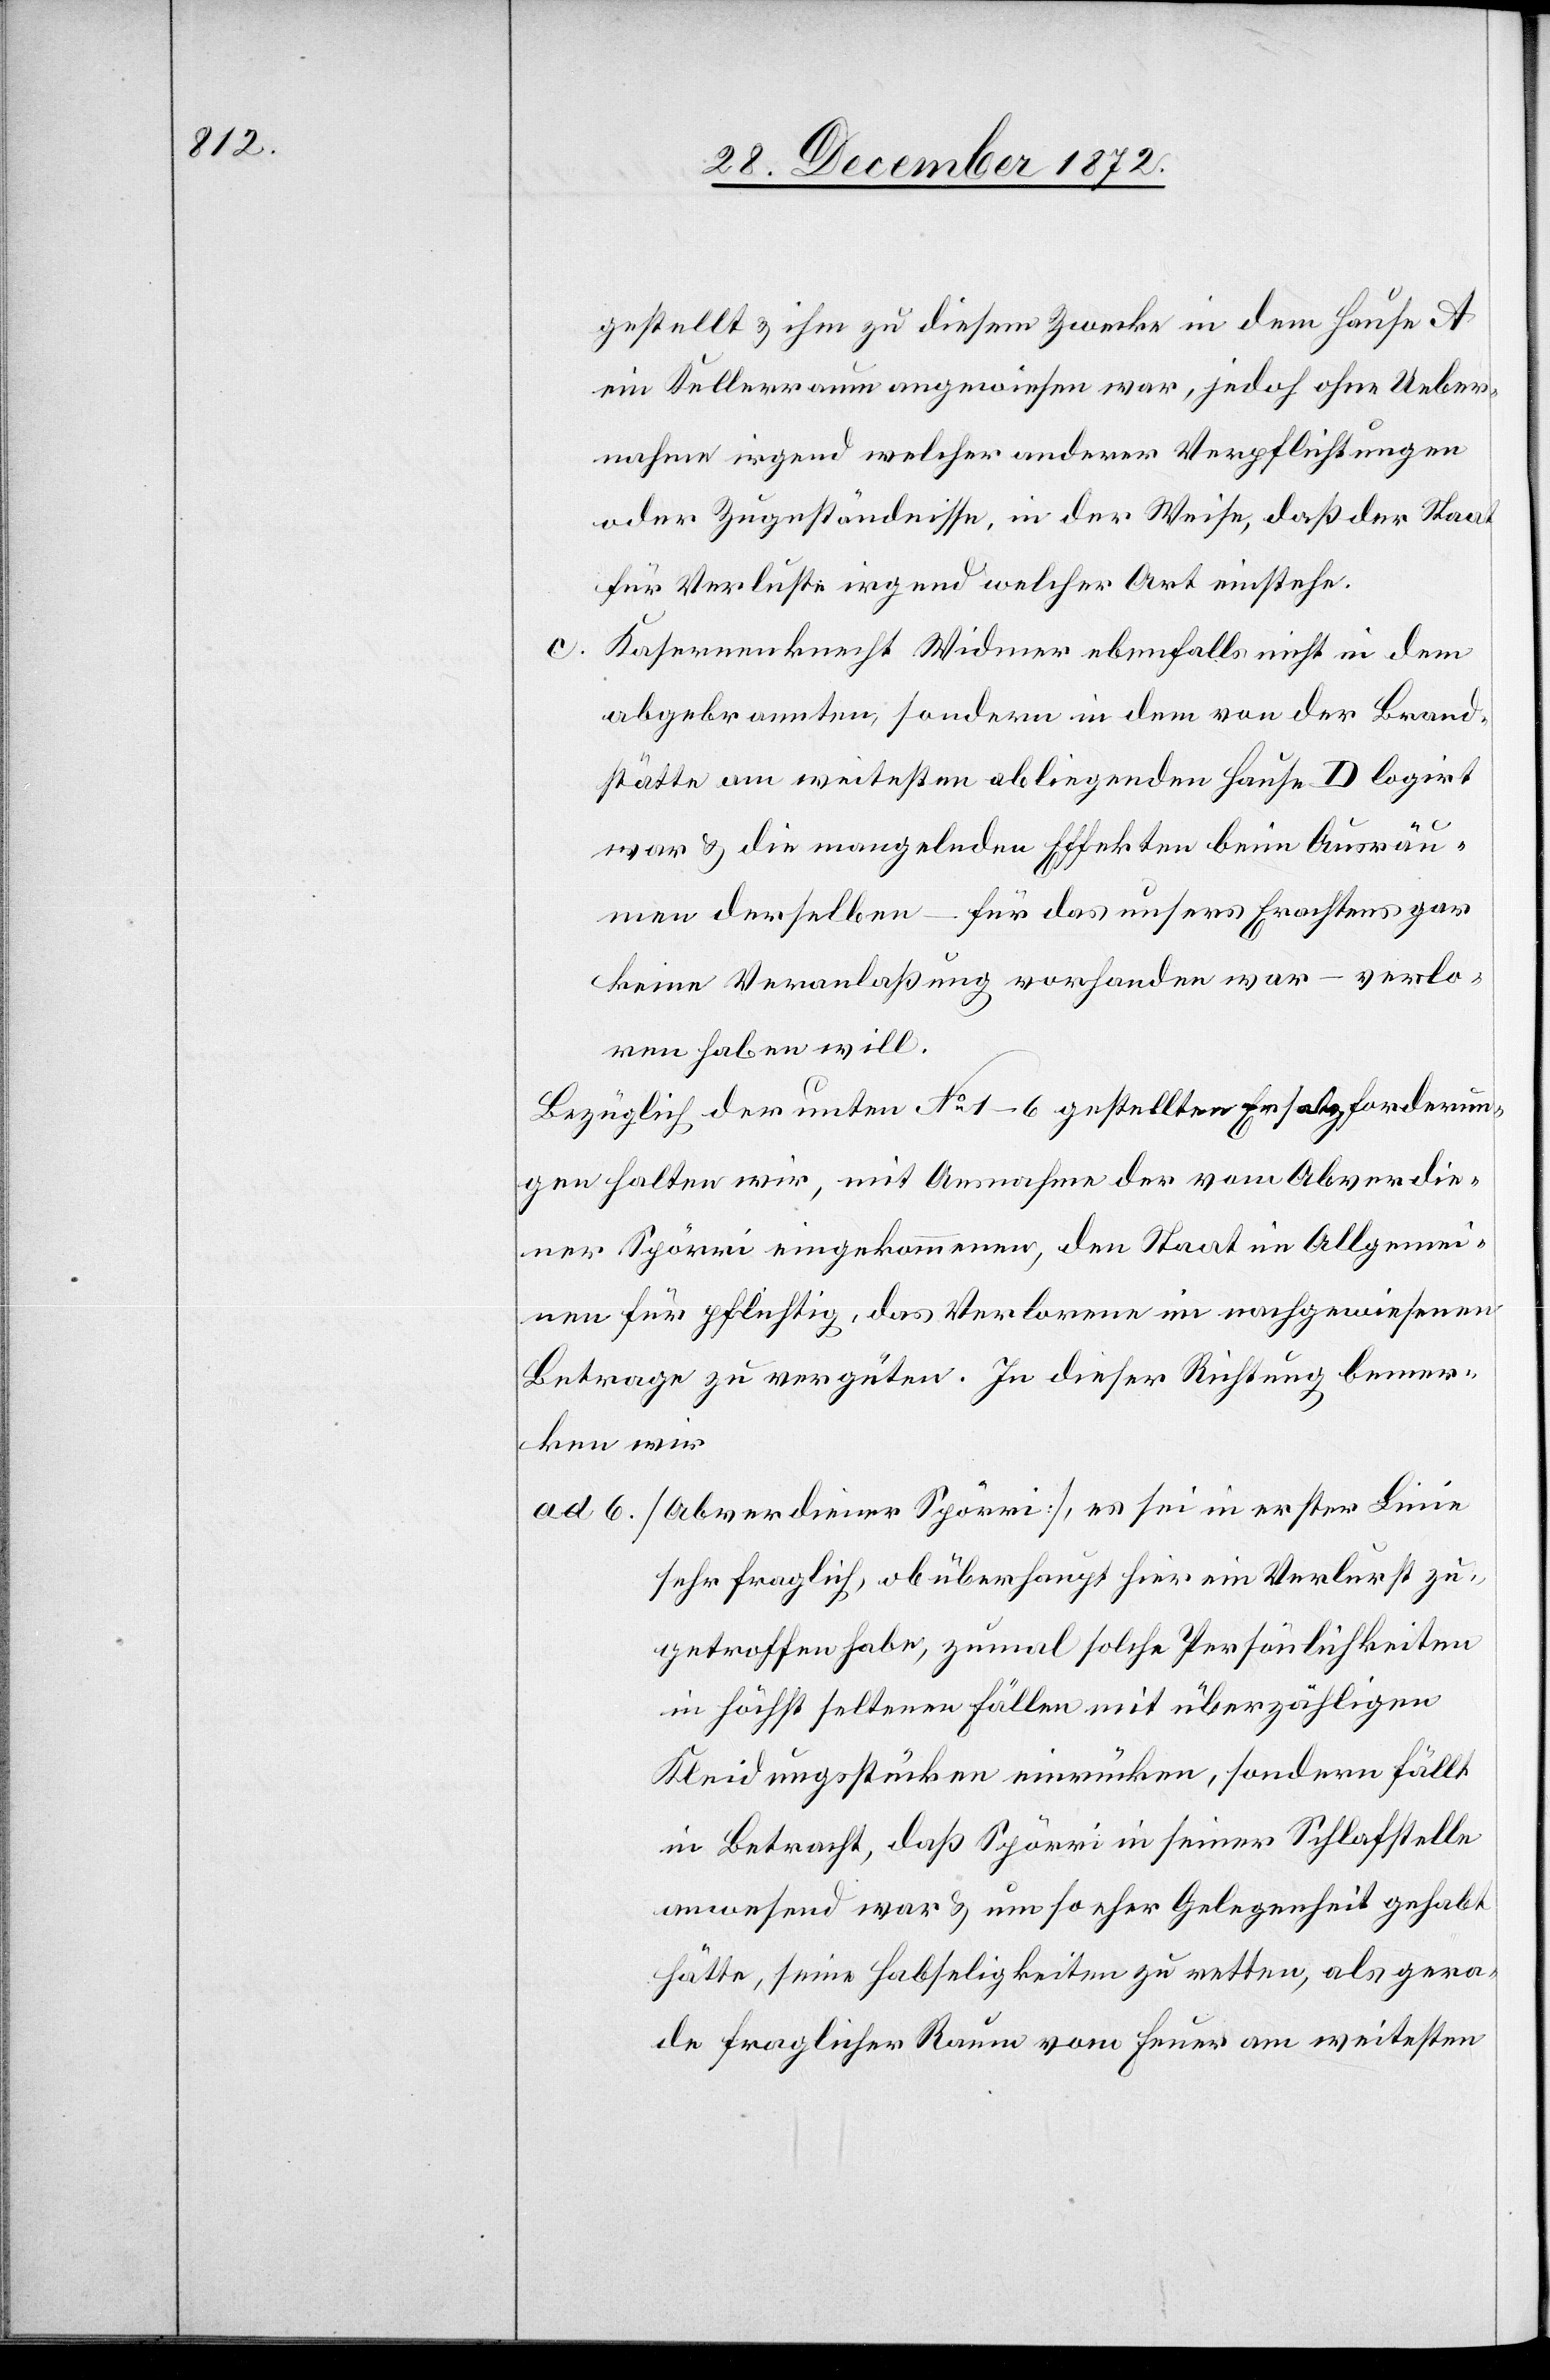
c.

gestellt u. ihm zu diesem Zwecke in dem Hause A
ein Kellerraum angewiesen war, jedoch ohne Ueber¬
nahme irgend welcher anderer Verpflichtungen
oder Zugeständnisse, in der Weise, daß der Staat
für Verlust irgend welcher Art einstehe.
Kasernenknecht Widmer ebenfalls nicht in dem
abgebrannten, sondern in dem von der Brand¬
stätte am weitesten abliegenden Hause D logirt
war u. die mangelnden Effekten beim Ausräu¬
men derselben – für das unsers Erachtens gar
keine Veranlaßung vorhanden war – verlo¬
ren haben will.
Bezüglich der unten No 1–6 gestellten Ersatzforderun¬
gen halten wir, mit Ausnahme der vom Abverdie¬
ner Spörri eingekommenen, den Staat im Allgemei¬
nen für pflichtig, das Verlorene im nachgewiesenen
Betrage zu vergüten. In dieser Richtung bemer¬
ken wir
ad 6. [Abverdiener Spörri], es sei in erster Linie
sehr fraglich, ob überhaupt hier ein Verlurst
zugetroffen habe, zumal solche Persönlichkeiten
in höchst seltenen Fällen mit überzähligen
Kleidungsstücken einrücken, sondern fällt
in Betracht, daß Spörri in seiner Schlafstelle
anwesend war u. um so eher Gelegenheit gehabt
hätte, seine Habseligkeiten zu retten, als gera¬
de fraglicher Raum vom Feuer am weitesten